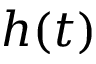
h ( t )